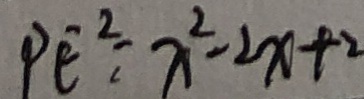
P E ^ { 2 } = x ^ { 2 } - 2 x + 2